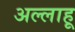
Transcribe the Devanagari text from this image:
अल्लाहू